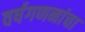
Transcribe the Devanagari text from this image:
वर्षगणनांचा